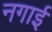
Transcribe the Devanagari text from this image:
नगाई